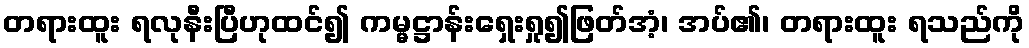
တရားထူး ရလုနီးပြီဟုထင်၍ ကမ္မဋ္ဌာန်းရှေးရှု၍ဖြတ်အံ့၊ အပ်၏၊ တရားထူး ရသည်ကို